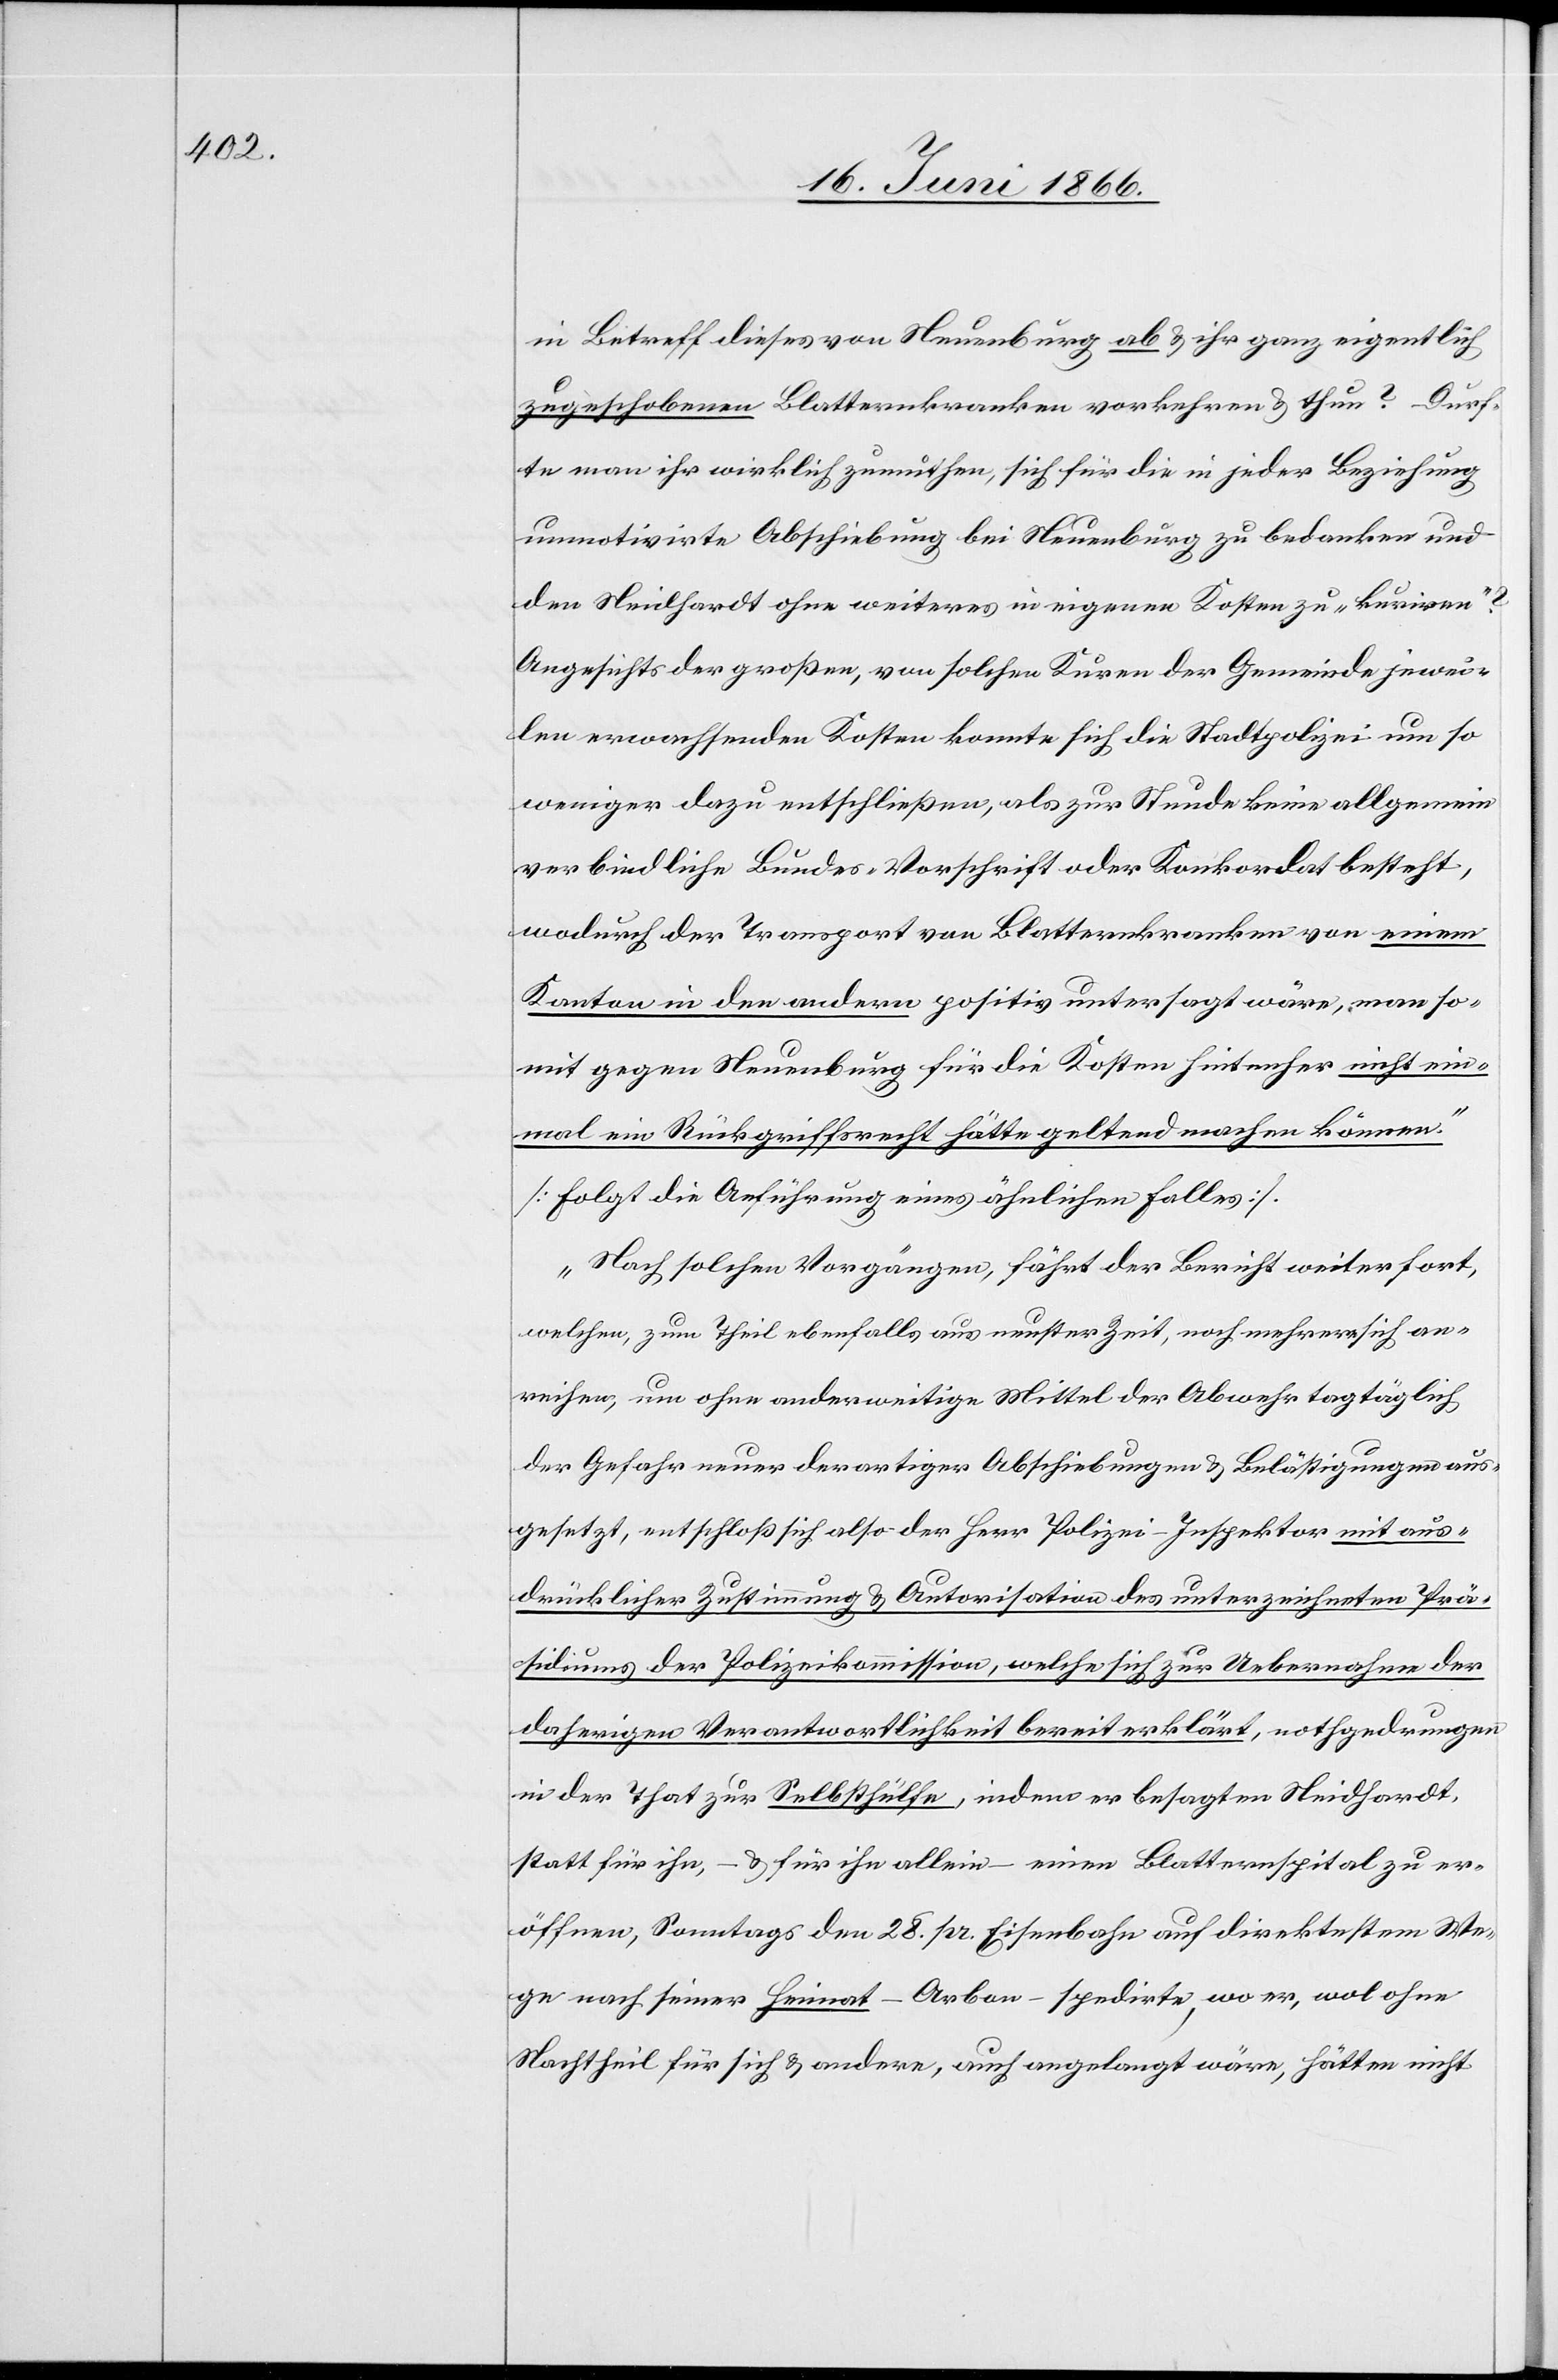
in Betreff dieses von Neuenburg ab u. ihr ganz eigentlich
zugeschobenen Blatterkranken vorkehren u. thun? Durf¬
te man ihr wirklich zumuthen, sich für die in jeder Beziehung
unmotivirte Abschiebung bei Neuenburg zu bedanken und
den Neidhardt ohne weiteres in eigenen Kosten zu „kuriren“?
Angesichts der großen, von solchen Kuren der Gemeinde jewei¬
len erwachsenden Kosten konnte sich die Stadtpolizei um so
weniger dazu entschließen, als zur Stunde keine allgemein
verbindliche Bundes-Vorschrift oder Konkordat [sic!]
wodurch der Transport von Blatterkranken von einem
Kanton in den andern positiv untersagt wäre, man so¬
mit gegen Neuenburg für die Kosten hinterher nicht ein¬
mal ein Rückgriffsrecht hätte geltend machen können.“
[folgt die Anführung eines ähnlichen Falles].
„Nach solchen Vorgängen[“], fährt der Bericht weiter fort,
[„]welchen, zum Theil ebenfalls aus neuester Zeit, noch mehrere sich an¬
reihen, um ohne anderweitige Mittel der Abwehr tagtäglich
der Gefahr neuer derartiger Abschiebungen u. Belästigungen aus¬
gesetzt, entschloß sich also der Herr Polizei-Inspektor mit aus¬
drücklicher Zustimmung u. Autorisation des unterzeichneten Prä¬
sidiums der Polizeikommission, welche sich zur Uebernahme der
daherigen Verantwortlichkeit bereit erklärt, nothgedrungen
in der That zur Selbsthülfe, indem er besagten Neidhardt,
statt für ihn – u. für ihn allein – einen Blatterspital zu er¬
öffnen, Sonntags den 28. pr. Eisenbahn auf direktestem We¬
ge nach seiner Heimat – Arbon – spedirte, wo er, wol ohne
Nachtheil für sich u. andere, auch angelangt wäre, hätten nicht